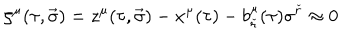
\zeta ^ { \mu } ( \tau , \vec { \sigma } ) = z ^ { \mu } ( \tau , \vec { \sigma } ) - x ^ { \mu } ( \tau ) - b _ { \check { r } } ^ { \mu } ( \tau ) \sigma ^ { \check { r } } \approx 0